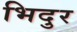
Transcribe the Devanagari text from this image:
भिदुर